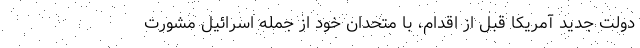
دولت جدید آمریکا قبل از اقدام، با متحدان خود از جمله اسرائیل مشورت